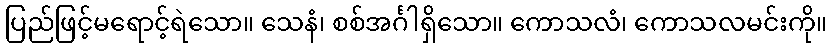
ပြည်ဖြင့်မရောင့်ရဲသော။ သေနံ၊ စစ်အင်္ဂါရှိသော။ ကောသလံ၊ ကောသလမင်းကို။